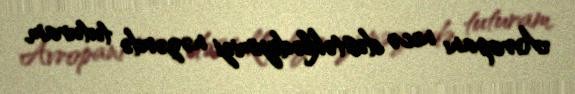
Avropanı necə dəstəklədiyimizi nəzərdə tuturam.